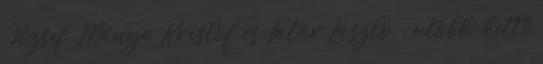
József, Mánya Kristóf és Tatár László - utóbbi kettő